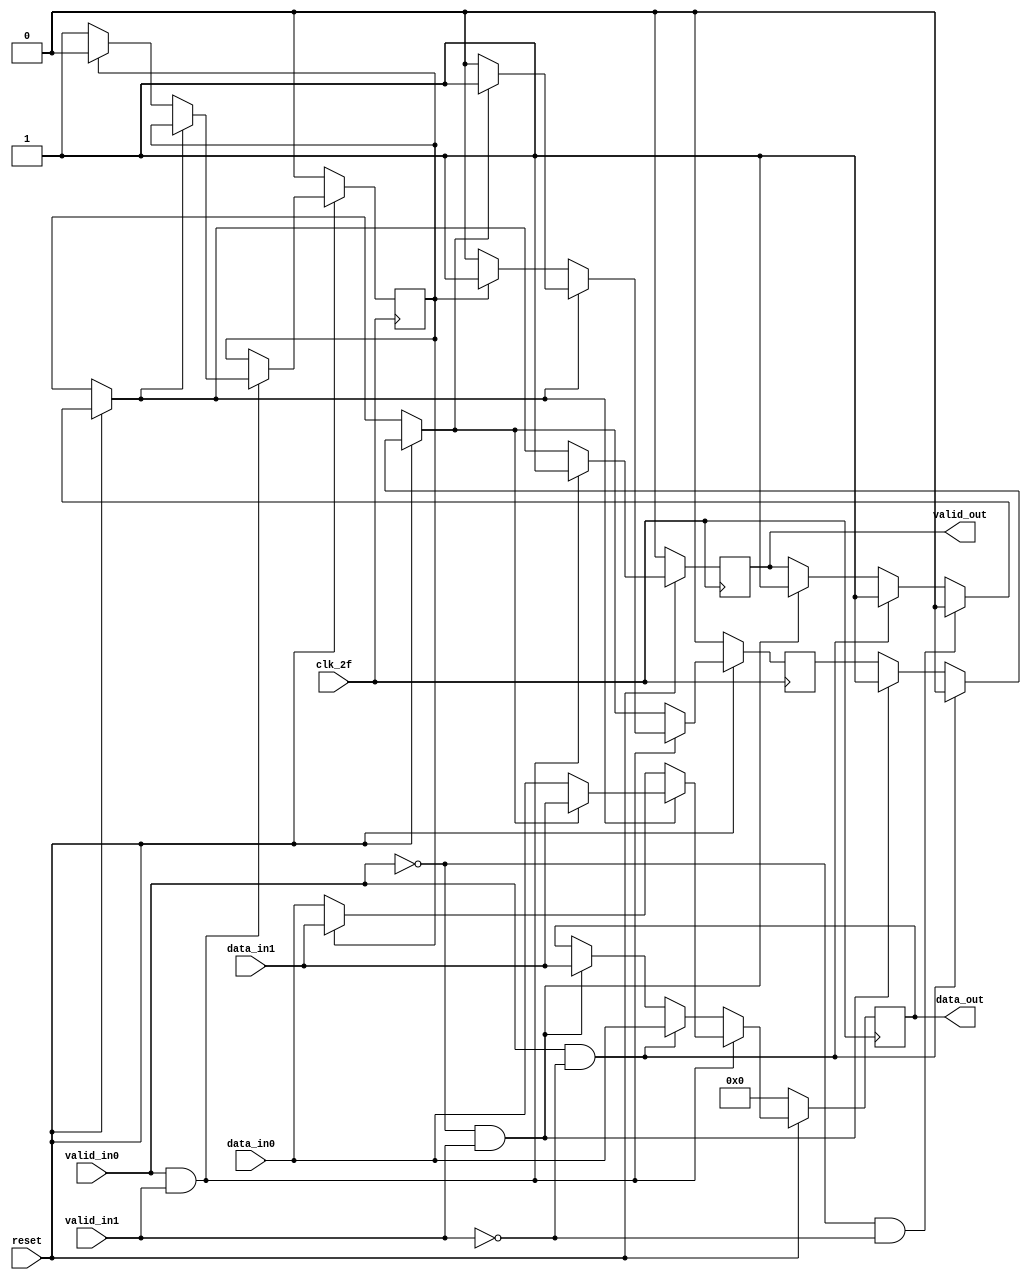
module mux (
	input clk_2f,
	input reset,
	output reg[7:0] data_out,
	input [7:0] data_in0,
	input [7:0] data_in1,
	input valid_in0,
	input valid_in1,
	output reg valid_out);
	
	reg selector, selector2;

	always @(posedge clk_2f) begin
		if(!reset) begin
			data_out = 0;
			selector2 = 0;
			selector = 0;
			valid_out = 0;
		end
		else begin
			if (valid_in0 == 1 && valid_in1 == 0)begin
				data_out = data_in0;
				selector = 0;
				valid_out = 1;
			end
			else if (valid_in0 == 0 && valid_in1 == 1)begin
				data_out = data_in1;
				selector = 1;
				valid_out = 1;
			end
			if (valid_in0 == 0 && valid_in1 == 0)begin
				valid_out = 0;
			end
			if (valid_in0 == 1 && valid_in1 == 1)begin
				if (valid_out) begin
					if (selector) begin
						data_out = data_in1;
						valid_out = 1;
						selector = 1;
					end		
					else begin
						data_out = data_in0;
						valid_out = 1;
						selector = 0;
					end
				end
				else if(!valid_out)begin
					if (selector2) begin			
						data_out = data_in1;
						valid_out = 1;
						selector2 = 0;
						selector = 1;
					end		
					else begin
						data_out = data_in0;
						valid_out = 1;
						selector2 = 1;
						selector = 0;
					end
				end
			end
		end
	end


endmodule